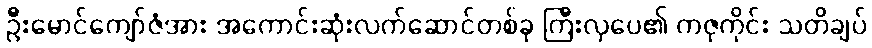
ဦးမောင်ကျော်ဇံအား အကောင်းဆုံးလက်ဆောင်တစ်ခု ကြီးလှပေ၏ ကဇုကိုင်း သတိချပ်